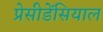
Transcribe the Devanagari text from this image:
प्रेसीडेंसियाल